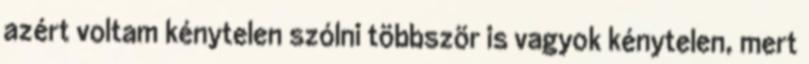
azért voltam kénytelen szólni többször is vagyok kénytelen, mert